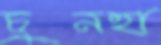
চুনহা